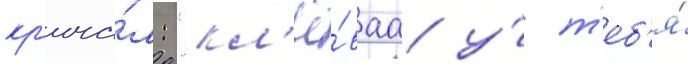
кр'ича́л: "кл'ё́ваа у́ т'еб'я́